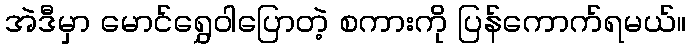
အဲဒီမှာ မောင်ရွှေဝါပြောတဲ့ စကားကို ပြန်ကောက်ရမယ်။